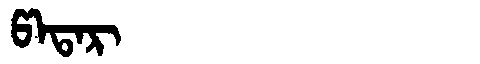
Manchu: ᡦᠠᡨᠠᡵ
Romanization: PATAR